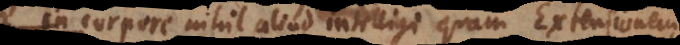
in corpore nihil aliud quam extensionem